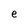
Character: e